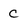
Character: c